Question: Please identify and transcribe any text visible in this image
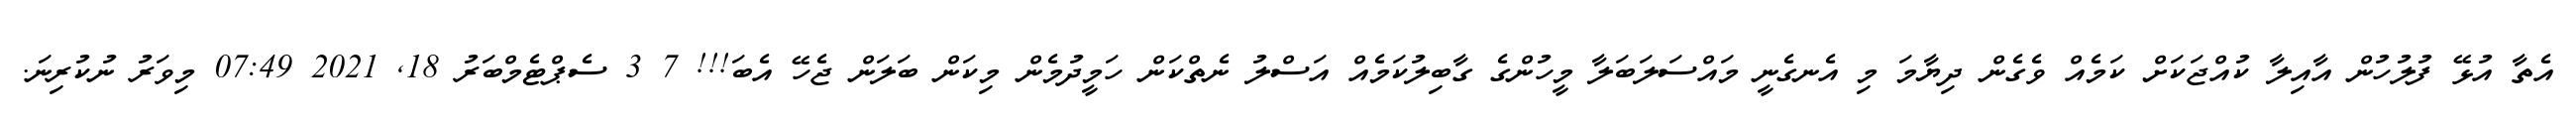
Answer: އެތާ އުޅޭ ފުލުހުން އާއިލާ ކުއްޖަކަށް ކަމެއް ވެގެން ދިޔާމަ މި އެނގެނީ މައްސަލަބަލާ މީހުންގެ ގާބިލުކަމެއް އަސްލު ނެތްކަން ހަމީދުމެން މިކަން ބަލަން ޖެހޭ އެބަ!!! 7 3 ސެޕްޓެމްބަރު 18, 2021 07:49 މިވަރު ނުކުރިނަ.